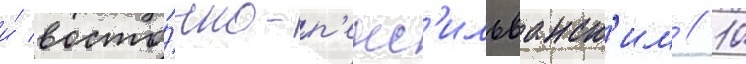
и́ восто́чно-п'енс'ильванск'им // 10